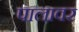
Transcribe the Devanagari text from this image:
पालावर